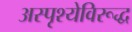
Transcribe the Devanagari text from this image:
अस्पृश्येविरूद्ध